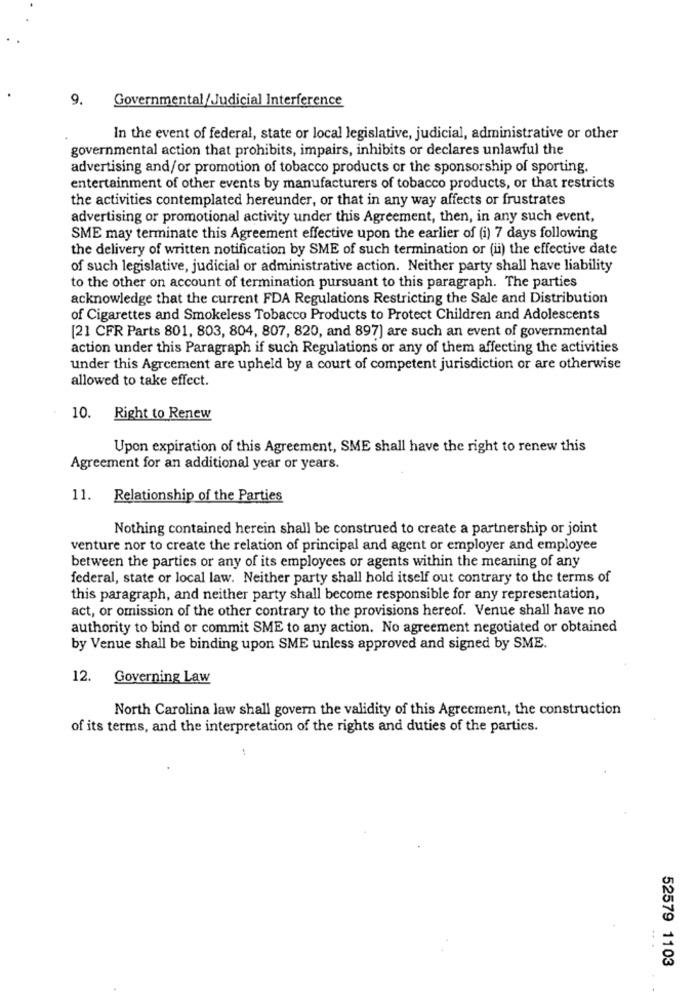
Governmental/Judicial Interference
9.
In the event of federal, state or local legislative, judicial, administrative or other
governmental action that prohibits, impairs, inhibits or declares unlawful the
advertising and/or promotion of tobacco products or the sponsorship of sporting.
entertainment of other events by manufacturers of tobacco products, or that restricts
the activities contemplated hereunder, or that in any way affects or frustrates
advertising or promotional activity under this Agreement, then, in any such event,
SME may terminate this Agreement effective upon the earlier of (i) 7 days following
the delivery of written notification by SME of such termination or (ii) the effective date
of such legislative, judicial or administrative action. Neither party shall have liability
to the other on account of termination pursuant to this paragraph. The parties
acknowledge that the current FDA Regulations Restricting the Sale and Distribution
of Cigarettes and Smokeless Tobacco Products to Protect Children and Adolescents
[21 CFR Parts 801, 803, 804, 807, 820, and 897] are such an event of governmental
action under this Paragraph if such Regulations or any of them affecting the activities
under this Agreement are upheld by a court of competent jurisdiction or are otherwise
allowed to take effect.
10. Right to Renew
Upon expiration of this Agreement, SME shall have the right to renew this
Agreement for an additional year or years.
11. Relationship of the Parties
Nothing contained herein shall be construed to create a partnership or joint
venture nor to create the relation of principal and agent or employer and employee
between the parties or any of its employees or agents within the meaning of any
federal, state or local law. Neither party shall hold itself out contrary to the terms of
this paragraph, and neither party shall become responsible for any representation,
act, or omission of the other contrary to the provisions hereof. Venue shall have no
authority to bind or commit SME to any action. No agreement negotiated or obtained
by Venue shall be binding upon SME unless approved and signed by SME.
12.
Governing Law
North Carolina law shall govern the validity of this Agreement, the construction
of its terms, and the interpretation of the rights and duties of the parties.
52579 1103